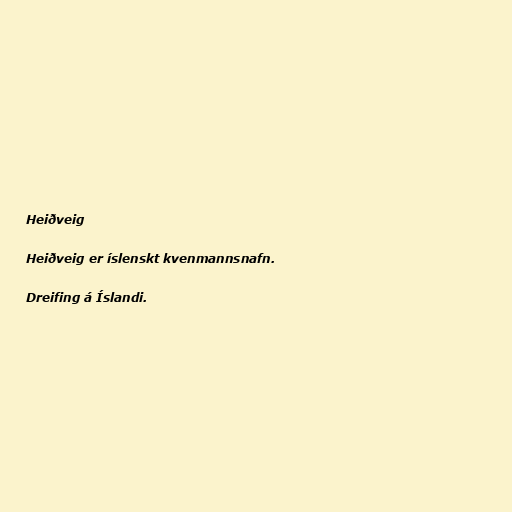
Heiðveig

Heiðveig er íslenskt kvenmannsnafn.

Dreifing á Íslandi.